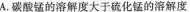
A.碳酸锰的溶解度大于硫化锰的溶解度